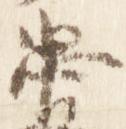
忠